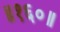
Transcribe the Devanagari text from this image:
॥१६०॥